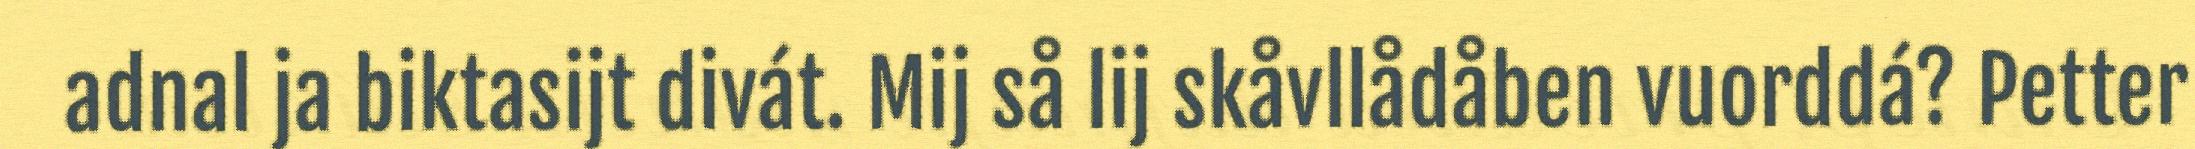
adnal ja biktasijt divát. Mij så lij skåvllådåben vuorddá? Petter